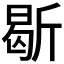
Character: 𣂰